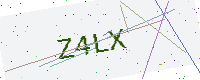
Text: Z4LX